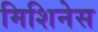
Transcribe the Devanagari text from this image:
मिशिनेस